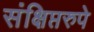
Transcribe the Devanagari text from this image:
संक्षिप्तरुपे